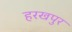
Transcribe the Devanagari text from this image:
हरखपुर